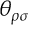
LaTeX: \theta _ { \rho \sigma }